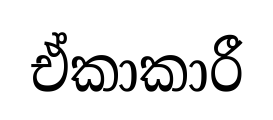
ඒකාකාරී